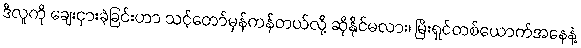
ဒီလူကို ချေးငှားခဲ့ခြင်းဟာ သင့်တော်မှန်ကန်တယ်လို့ ဆိုနိုင်မလား၊ မြီးရှင်တစ်ယောက်အနေနဲ့